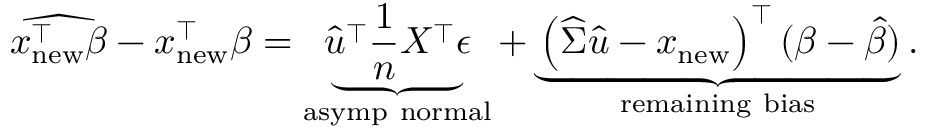
\small \widehat { x _ { \mathrm { n e w } } ^ { \intercal } \beta } - x _ { \mathrm { n e w } } ^ { \intercal } \beta = \underbrace { \widehat { u } ^ { \intercal } \frac { 1 } { n } X ^ { \intercal } \epsilon } _ { \mathrm { a s y m p ~ n o r m a l } } + \underbrace { \left( \widehat { \Sigma } \widehat { u } - x _ { \mathrm { n e w } } \right) ^ { \intercal } ( \beta - \widehat { \beta } ) } _ { \mathrm { r e m a i n i n g ~ b i a s } } .